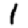
Digit: 1